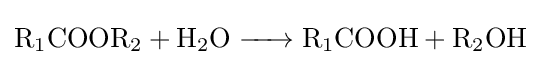
{\ce {R1COOR2 + H2O -> R1COOH + R2OH}}